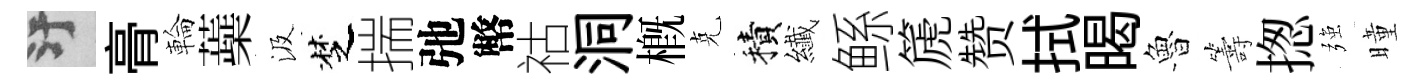
污𮌔輪蘃汲椘揣弛幣祜洞概克積纎鲧篪赞拭暍魯籌揔强曈